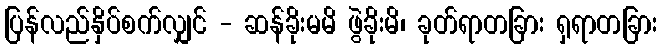
ပြန်လည်နှိပ်စက်လျှင် - ဆန်ခိုးမမိ ဖွဲခိုးမိ၊ ခုတ်ရာတခြား ရှရာတခြား